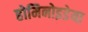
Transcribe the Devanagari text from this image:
होमिनोइडेया